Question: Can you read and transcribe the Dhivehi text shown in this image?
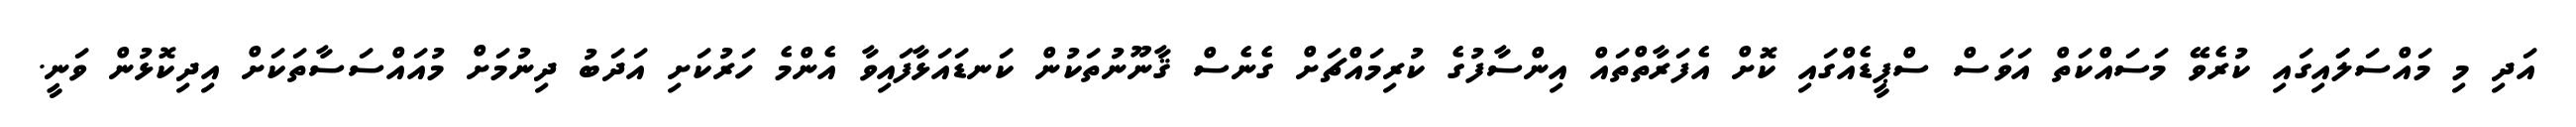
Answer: އަދި މި މައްސަލަައިގައި ކުރެވޭ މަސައްކަތް އަވަސް ސްޕީޑެއްގައި ކޮށް އެފަރާތްތައް އިންސާފުގެ ކުރިމައްޗަށް ގެނެސް ޤާނޫނުތަކުން ކަނޑައަޅާފައިވާ އެންމެ ހަރުކަށި އަދަބު ދިނުމަށް މުއައްސަސާތަކަށް އިދިކޮޅުން ވަނީ.